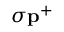
\sigma \mathbf { p } ^ { + }